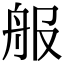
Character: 𦨕